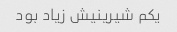
یکم شیرینیش زیاد بود